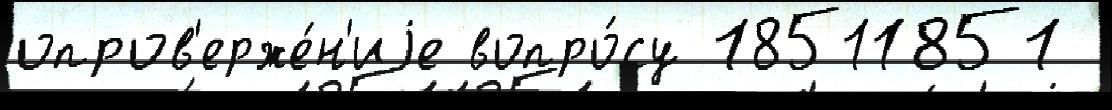
опров'ерже́н'иjе вопро́су 18511851